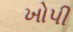
ખોપી